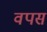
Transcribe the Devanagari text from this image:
वपस